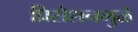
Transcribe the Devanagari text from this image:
प्रिसेशनमुळे